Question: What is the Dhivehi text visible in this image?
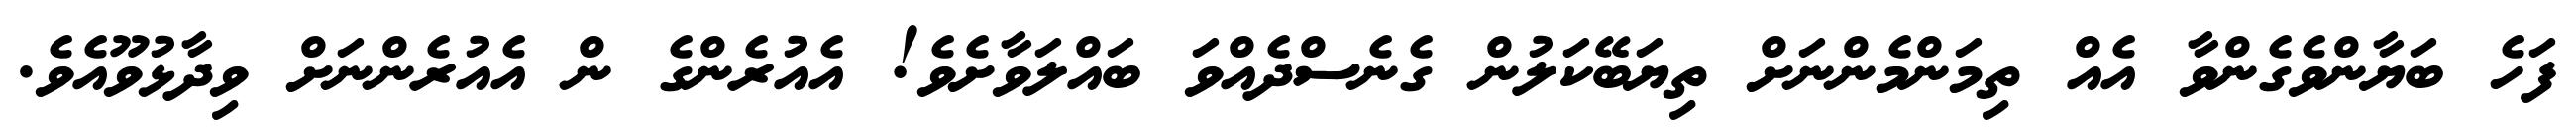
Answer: ފަހެ ބަޔާންވެގެންވާ އެއް ތިމަންމެންނަށް ތިޔަބޭކަލުން ގެނެސްދެއްވަ ބައްލަވާށެވެ! އެއުރެންގެ ން އެއުރެންނަށް ވިދާޅުވޫއެވެ.